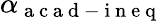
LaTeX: \alpha_{\mathrm{~a~c~a~d~-~i~n~e~q~}}